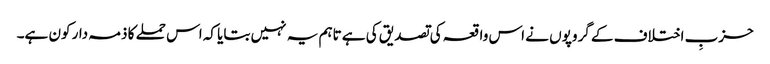
حزبِ اختلاف کے گروپوں نے اس واقعہ کی تصدیق کی ہے تاہم یہ نہیں بتایا کہ اس حملے کا ذمہ دار کون ہے۔